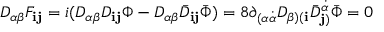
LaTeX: D _ { \alpha \beta } F _ { { \mathbf i } { \mathbf j } } = i ( D _ { \alpha \beta } D _ { { \mathbf i } { \mathbf j } } \Phi - D _ { \alpha \beta } { \bar { D } } _ { { \mathbf i } { \mathbf j } } { \bar { \Phi } } ) = 8 \partial _ { ( \alpha \dot { \alpha } } D _ { \beta ) ( { \mathbf i } } { \bar { D } } _ { { \mathbf j } ) } ^ { \dot { \alpha } } { \bar { \Phi } } = 0